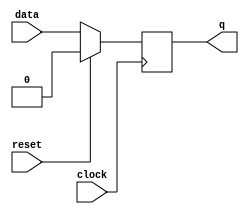
module level_sensitive_latch (
    input data,
    input clock,
    input reset,
    output reg q
);

always @(posedge clock) begin
    if (reset) begin
        q <= 0;
    end else begin
        q <= data;
    end
end

endmodule